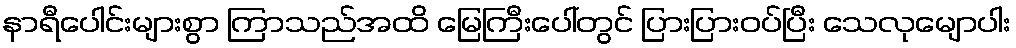
နာရီပေါင်းများစွာ ကြာသည်အထိ မြေကြီးပေါ်တွင် ပြားပြားဝပ်ပြီး သေလုမျောပါး